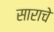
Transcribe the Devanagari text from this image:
साराचे